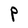
Character: P